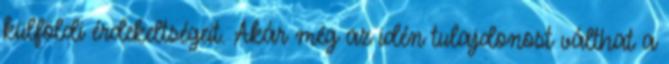
külföldi érdekeltségeit. Akár még az idén tulajdonost válthat a